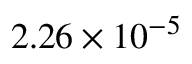
2 . 2 6 \times 1 0 ^ { - 5 }